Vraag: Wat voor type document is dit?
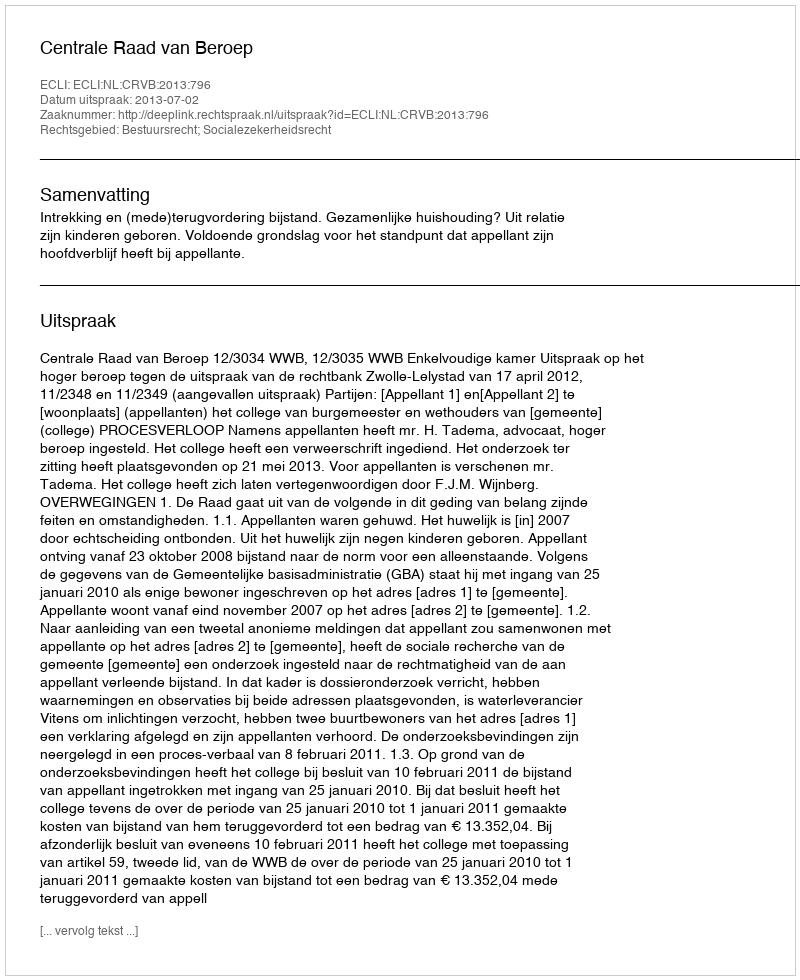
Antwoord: Uitspraak